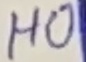
Text: HO